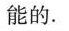
能的。